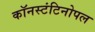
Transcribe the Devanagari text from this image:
कॉनस्टंटिनोपल